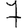
Digit: 7